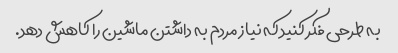
به طرحی فکر کنید که نیاز مردم به داشتن ماشین را کاهش دهد.